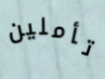
تأملين